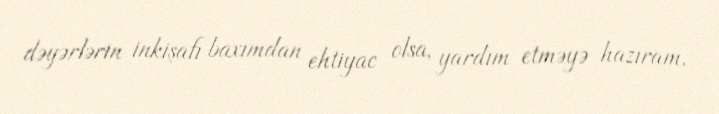
dəyərlərin inkişafı baxımdan ehtiyac olsa, yardım etməyə hazıram.